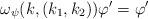
LaTeX: \begin{align*} \omega_{\psi}(k, (k_1, k_2)) \varphi' = \varphi'\end{align*}